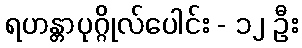
ရဟန္တာပုဂ္ဂိုလ်ပေါင်း - ၁၂ ဦး